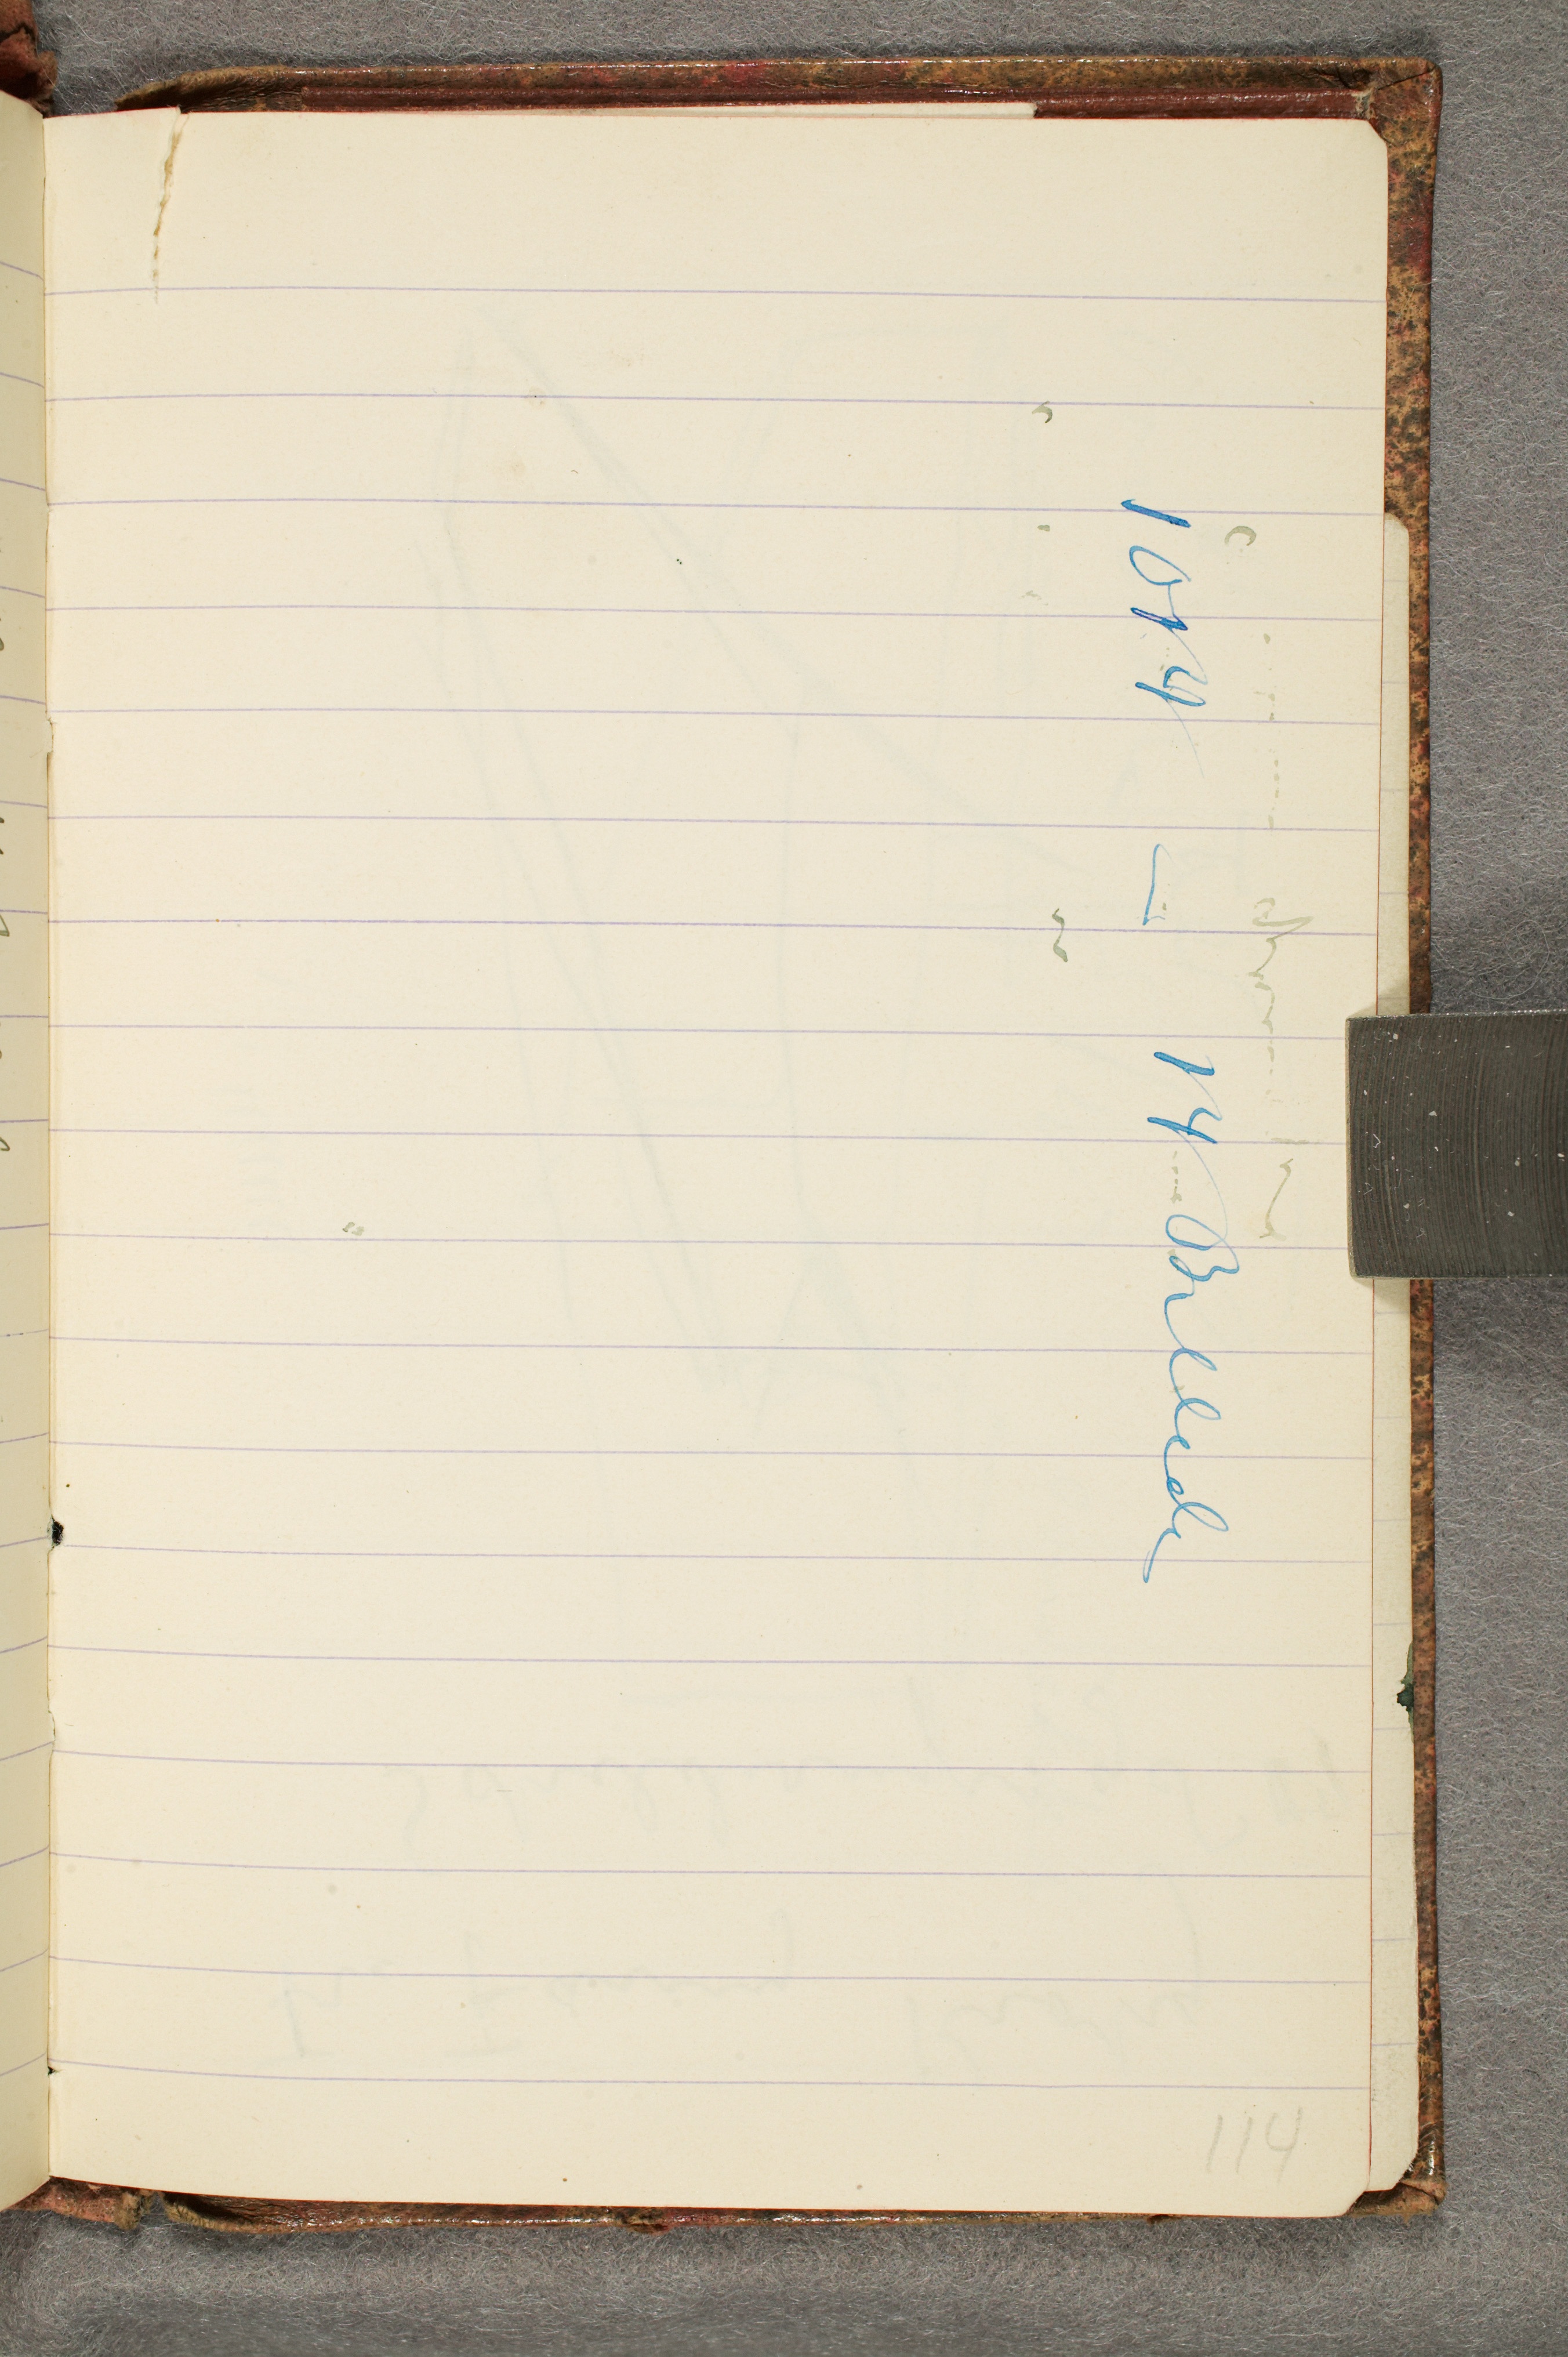
1014 - 14 Billeder